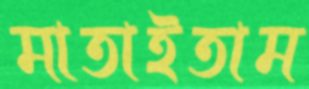
মাতাইতাম